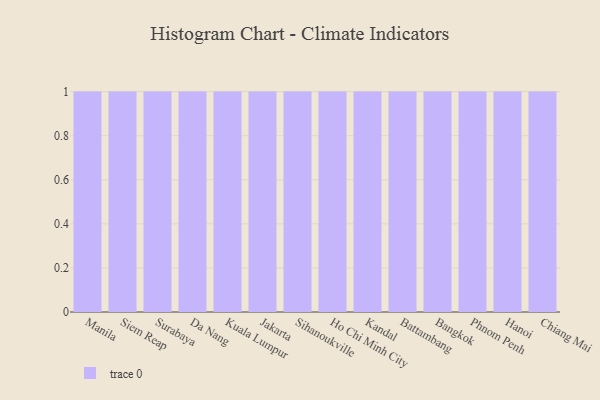
{"axis": {"x": "City", "y": "Humidity (%)"}, "legend": [""], "data": [{"x": "Manila", "y": 16, "type": ""}, {"x": "Siem Reap", "y": 86, "type": ""}, {"x": "Surabaya", "y": 47, "type": ""}, {"x": "Da Nang", "y": 17, "type": ""}, {"x": "Kuala Lumpur", "y": 33, "type": ""}, {"x": "Jakarta", "y": 22, "type": ""}, {"x": "Sihanoukville", "y": 49, "type": ""}, {"x": "Ho Chi Minh City", "y": 22, "type": ""}, {"x": "Kandal", "y": 27, "type": ""}, {"x": "Battambang", "y": 90, "type": ""}, {"x": "Bangkok", "y": 3, "type": ""}, {"x": "Phnom Penh", "y": 81, "type": ""}, {"x": "Hanoi", "y": 1, "type": ""}, {"x": "Chiang Mai", "y": 81, "type": ""}]}